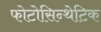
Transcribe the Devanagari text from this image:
फोटोसिन्थेटिक